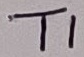
Text: T1